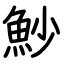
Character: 魦